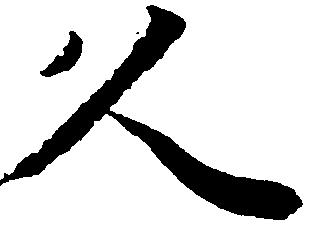
久